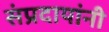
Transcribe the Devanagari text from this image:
संप्रदायांनी